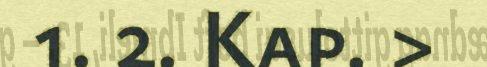
1. 2. Kap. >